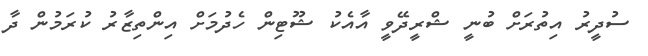
ސުދީރު އިތުރަށް ބުނީ ޝްރީދޭވީ އާއެކު ޝޫޓިން ހެދުމަށް އިންތިޒާރު ކުރަމުން ދާ